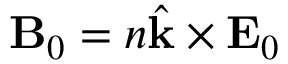
\mathbf { B } _ { 0 } = n \hat { \mathbf { k } } \times \mathbf { E } _ { 0 }